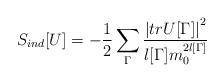
LaTeX: \begin{align*}S_{ind}[U] = - \frac{1}{2}\sum_{\Gamma} \frac{\left|tr U[\Gamma]\right|^2}{l[\Gamma] m_0^{2 l[\Gamma]}}\end{align*}